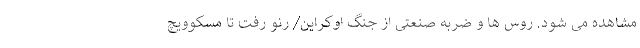
مشاهده می شود. روس ها و ضربه صنعتی از جنگ اوکراین/ رنو رفت تا مسکوویچ